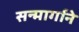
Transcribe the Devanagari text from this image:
सन्मार्गाने